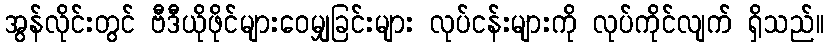
အွန်လိုင်းတွင် ဗီဒီယိုဖိုင်များဝေမျှခြင်းများ လုပ်ငန်းများကို လုပ်ကိုင်လျက် ရှိသည်။